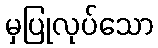
မှပြုလုပ်သော